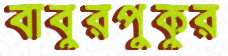
বাবুরপুকুর